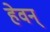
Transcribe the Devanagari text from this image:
हेवन्